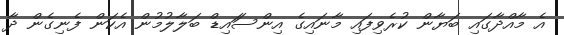
އެ މާއްދާގައި ބަޔާން ކުރެވިފައި މާނައިގެ އިންސަައިޑް ބަލާލުުމުން އެކަން ފެނިގެން ދާ